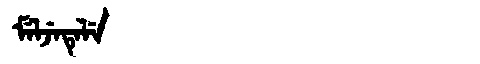
Manchu: ᠮᡝᠯᠵᡝᡨᡝᠯᡝ
Romanization: MELJETELE